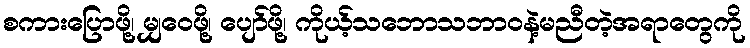
စကားပြောဖို့၊ မျှဝေဖို့၊ ပျော်ဖို့၊ ကိုယ့်သဘောသဘာဝနဲ့မညီတဲ့အရာတွေကို